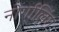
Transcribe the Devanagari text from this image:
नोर्गालिंग